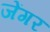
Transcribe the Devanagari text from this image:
जेंगर